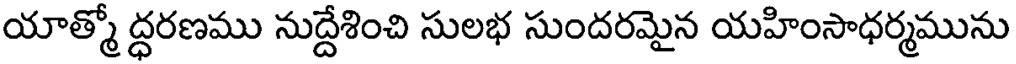
యాత్మో ద్ధరణము నుద్దేశించి సులభ సుందరమైన యహింసాధర్మమును